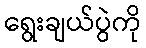
ရွေးချယ်ပွဲကို